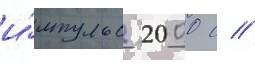
и́мпульс 2000 с //